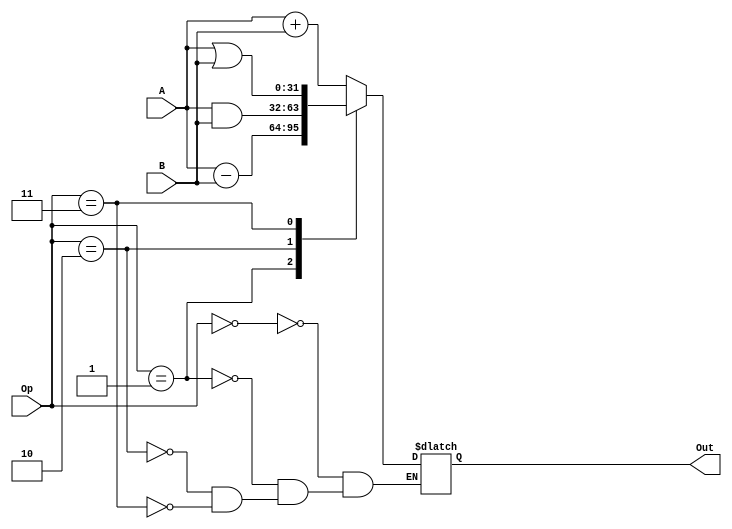
`timescale 1ns / 1ps
//////////////////////////////////////////////////////////////////////////////////
// Company: 
// Engineer: 
// 
// Design Name: 
// Module Name:    ALU 
// Project Name: 
// Target Devices: 
// Tool versions: 
// Description: 
//
// Dependencies: 
//
// Revision: 
// Revision 0.01 - File Created
// Additional Comments: 
//
//////////////////////////////////////////////////////////////////////////////////
module alu(
	input [31:0] A,
	input [31:0] B,
	input [2:0] Op,
	output reg [31:0] Out
    );
	
	always @(*) begin
		case (Op)
			0: Out = A + B;
			1: Out = A - B;
			2: Out = A & B;
			3: Out = A | B;
		endcase
	end
	
endmodule